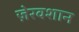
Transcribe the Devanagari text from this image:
ज़ेरवशान